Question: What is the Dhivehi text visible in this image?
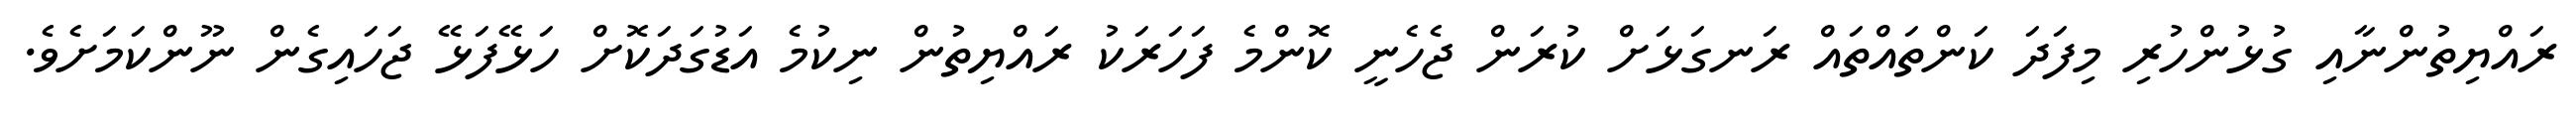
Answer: ރައްޔިތުންނާއި ގުޅުންހުރި މިފަދަ ކަންތައްތައް ރަނގަޅަށް ކުރަން ޖެހެނީ ކޮންމެ ފަހަރަކު ރައްޔިތުން ނިކުމެ އަޑުގަދަކޮށް ހަޅޭފަޅޭ ޖަހައިގެން ނޫންކަމަށެވެ.